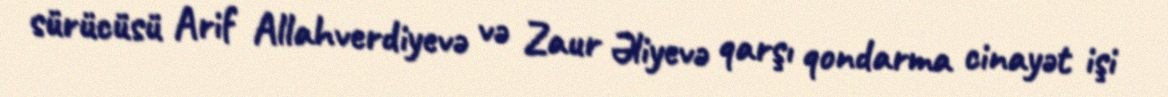
sürücüsü Arif Allahverdiyevə və Zaur Əliyevə qarşı qondarma cinayət işi